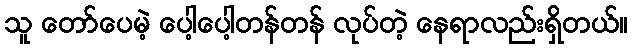
သူ တော်ပေမဲ့ ပေါ့ပေါ့တန်တန် လုပ်တဲ့ နေရာလည်းရှိတယ်။